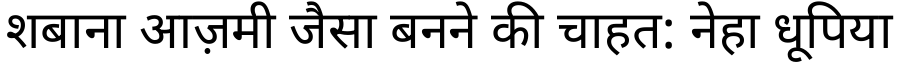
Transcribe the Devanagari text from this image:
शबाना आज़मी जैसा बनने की चाहत: नेहा धूपिया